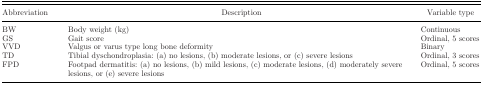
<table><thead><tr><td><b>Abbreviation</b></td><td><b>Description</b></td><td><b>Variable type</b></td></tr></thead><tbody><tr><td>BW</td><td>Body weight (kg)</td><td>Continuous</td></tr><tr><td>GS</td><td>Gait score</td><td>Ordinal, 5 scores</td></tr><tr><td>VVD</td><td>Valgus or varus type long bone deformity</td><td>Binary</td></tr><tr><td>TD</td><td>Tibial dyschondroplasia: (a) no lesions, (b) moderate lesions, or (c) severe lesions</td><td>Ordinal, 3 scores</td></tr><tr><td>FPD</td><td>Footpad dermatitis: (a) no lesions, (b) mild lesions, (c) moderate lesions, (d) moderately severe lesions, or (e) severe lesions</td><td>Ordinal, 5 scores</td></tr></tbody></table>